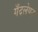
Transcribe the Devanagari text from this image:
गँदलेपन